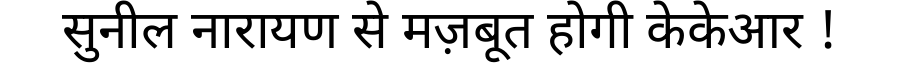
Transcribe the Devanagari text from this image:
सुनील नारायण से मज़बूत होगी केकेआर !